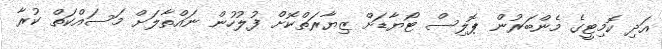
އަދި ކޮމިޓީގެ މެންބަރުން ޕޮލިސް ޓޯޔާޑަށް ޒިޔާރަތްކޮށް ފުލުހުން ނައްތާލަށް މަސައްކަތް ކުރާ